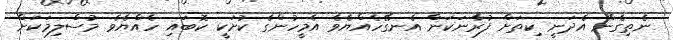
ނެތިގެން އެދަނީ ކިތަށް ފުރާނަކަން އެނގޭހެއްޔެވެ އެމީހުންގެ ކުށަކީ ކޮބައި ހެއްޔެވެ މުސްލިމަކަށް